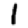
Digit: 1